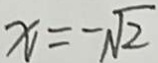
x _ { 1 } = - \sqrt { 2 }